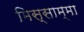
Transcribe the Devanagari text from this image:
मिस्साम्मा